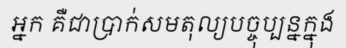
អ្នក គឺជាប្រាក់សមតុល្យបច្ចុប្បន្នក្នុង